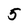
Character: 5